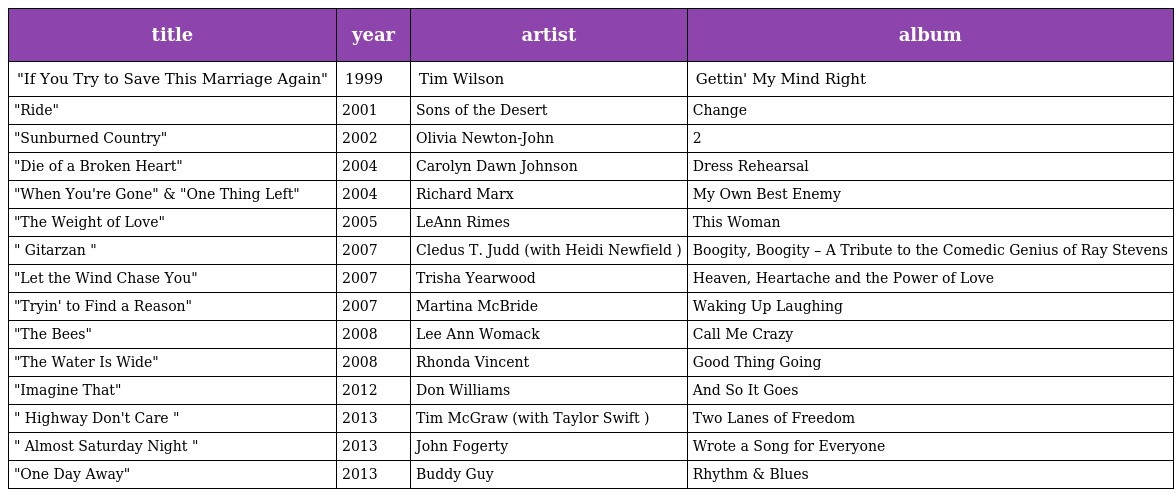
| title | year | artist | album |
 | --- | --- | --- | --- |
 | "If You Try to Save This Marriage Again" | 1999 | Tim Wilson | Gettin' My Mind Right |
 | "Ride" | 2001 | Sons of the Desert | Change |
 | "Sunburned Country" | 2002 | Olivia Newton-John | 2 |
 | "Die of a Broken Heart" | 2004 | Carolyn Dawn Johnson | Dress Rehearsal |
 | "When You're Gone" & "One Thing Left" | 2004 | Richard Marx | My Own Best Enemy |
 | "The Weight of Love" | 2005 | LeAnn Rimes | This Woman |
 | " Gitarzan " | 2007 | Cledus T. Judd (with Heidi Newfield ) | Boogity, Boogity – A Tribute to the Comedic Genius of Ray Stevens |
 | "Let the Wind Chase You" | 2007 | Trisha Yearwood | Heaven, Heartache and the Power of Love |
 | "Tryin' to Find a Reason" | 2007 | Martina McBride | Waking Up Laughing |
 | "The Bees" | 2008 | Lee Ann Womack | Call Me Crazy |
 | "The Water Is Wide" | 2008 | Rhonda Vincent | Good Thing Going |
 | "Imagine That" | 2012 | Don Williams | And So It Goes |
 | " Highway Don't Care " | 2013 | Tim McGraw (with Taylor Swift ) | Two Lanes of Freedom |
 | " Almost Saturday Night " | 2013 | John Fogerty | Wrote a Song for Everyone |
 | "One Day Away" | 2013 | Buddy Guy | Rhythm & Blues |